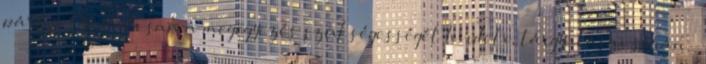
párt folyamatosan a megegyezés szükségességét hirdeti, tárgyalásai során –